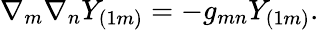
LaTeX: \nabla_{m}\nabla_{n}Y_{(1m)}=-g_{mn}Y_{(1m)}.